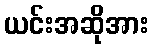
ယင်းအဆိုအား